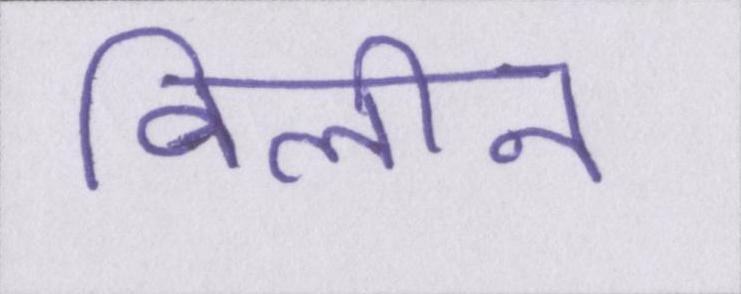
विलीन